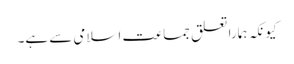
کیونکہ ہمارا تعلق جماعت اسلامی سے ہے۔